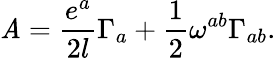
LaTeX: {\sf\mathit{A}}=\frac{{e^{a}}}{{2l}}\Gamma_{a}+\frac{{1}}{{2}}\omega^{ab}\Gamma_{ab}.